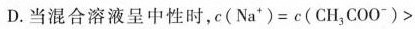
D. 当混合溶液呈中性时，$$c ( N a ^ { + } ) = c ( C H _ { 3 } C O O ^ { - } ) >